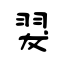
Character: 翇